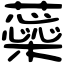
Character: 蘂